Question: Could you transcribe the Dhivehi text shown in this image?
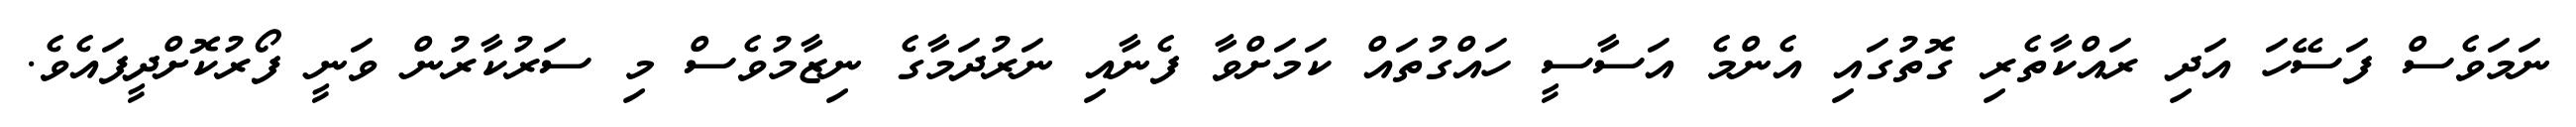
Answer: ނަމަވެސް ފަސޭހަ އަދި ރައްކާތެރި ގޮތުގައި އެންމެ އަސާސީ ހައްގުތައް ކަމަށްވާ ފެނާއި ނަރުދަމާގެ ނިޒާމުވެސް މި ސަރުކާރުން ވަނީ ފޯރުކޮށްދީފައެވެ.